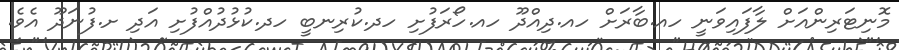
މޮނިޓަރިންއަށް ލާފައިވަނީ ހއ.ބާރަށް ހއ.ދިއްދޫ ހއ.ހޯރަފުށި ހދ.ކުރިނބީ ހދ.ކުޅުދުއްފުށި އަދި ށ.ފުނަދޫ އެވެ.